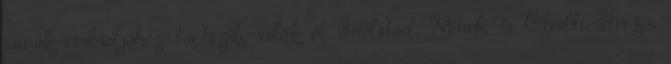
annak családjához tartozik, velük él Seielstad, Minch, és Cavalli-Sforza,